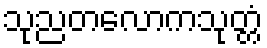
သုညတလောကသုတ္တံ